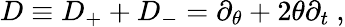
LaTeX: D\equiv D_{+}+D_{-}=\partial_{\theta}+2\theta\partial_{t}\ ,